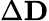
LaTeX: \Delta\textbf{D}